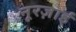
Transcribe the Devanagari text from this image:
नूरज़ाई